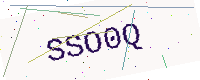
Text: SSO0Q